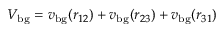
V _ { \mathrm { b g } } = v _ { \mathrm { b g } } ( r _ { 1 2 } ) + v _ { \mathrm { b g } } ( r _ { 2 3 } ) + v _ { \mathrm { b g } } ( r _ { 3 1 } )